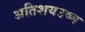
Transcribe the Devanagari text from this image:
अतिशयउष्ण